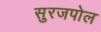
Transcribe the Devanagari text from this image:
सुरजपोल